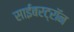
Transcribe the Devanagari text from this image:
साईबरट्राॅन